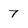
Character: 7